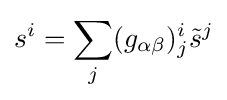
s^{i}=\sum _{j}(g_{\alpha \beta })_{j}^{i}{\tilde {s}}^{j}